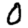
Digit: 0